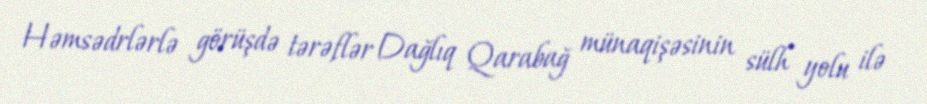
Həmsədrlərlə görüşdə tərəflər Dağlıq Qarabağ münaqişəsinin sülh yolu ilə